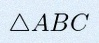
\triangle ABC